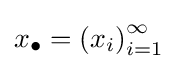
x_{\bullet }=\left(x_{i}\right)_{i=1}^{\infty }